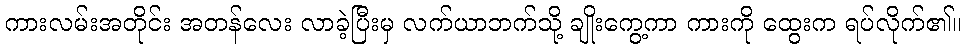
ကားလမ်းအတိုင်း အတန်လေး လာခဲ့ပြီးမှ လက်ယာဘက်သို့ ချိုးကွေ့ကာ ကားကို ထွေးက ရပ်လိုက်၏။